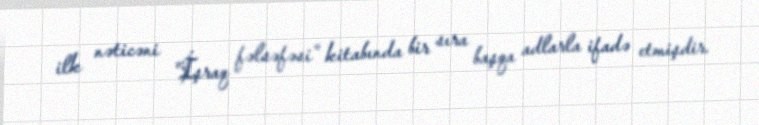
ilk nəticəni "İşraq fəlsəfəsi" kitabında bir sıra başqa adlarla ifadə etmişdir.